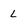
Character: l